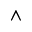
\wedge